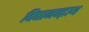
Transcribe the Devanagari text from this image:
विद्यानन्द्नाथ